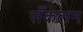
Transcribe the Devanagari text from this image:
सँकलन